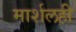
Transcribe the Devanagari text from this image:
मार्शलही